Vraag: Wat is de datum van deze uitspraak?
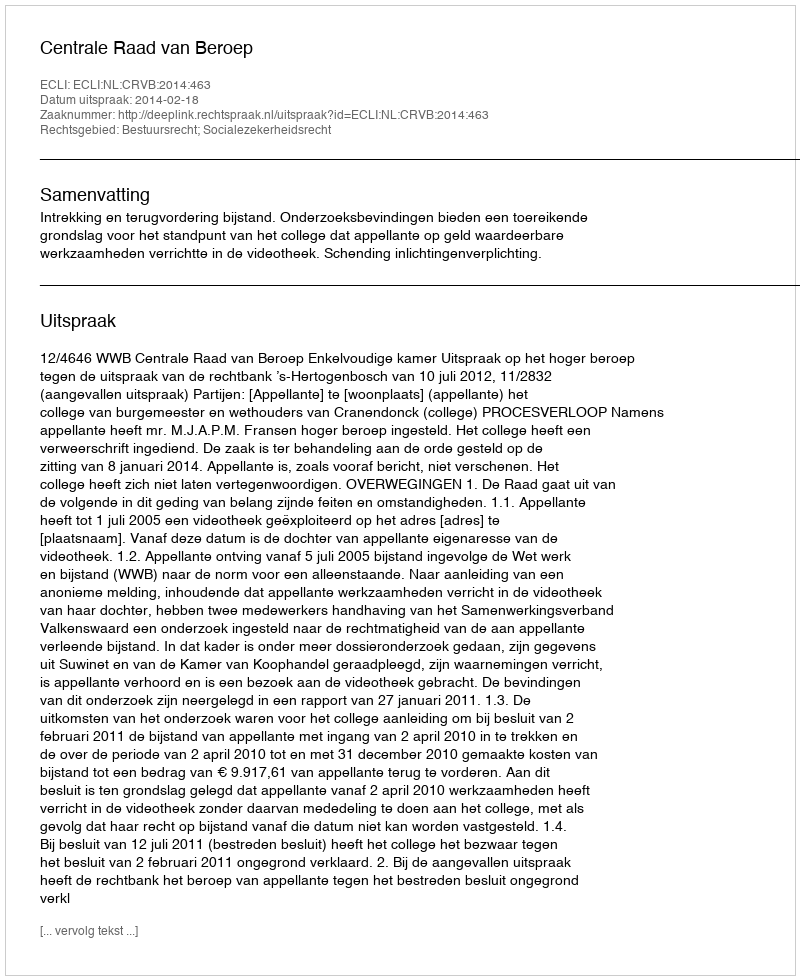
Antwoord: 2014-02-18